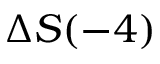
\Delta S ( - 4 )